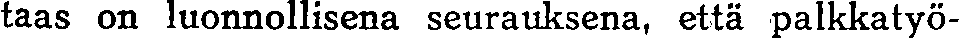
taas on luonnollisena seurauksena, että palkkatyö-